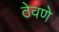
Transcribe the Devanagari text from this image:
ठेवणेे